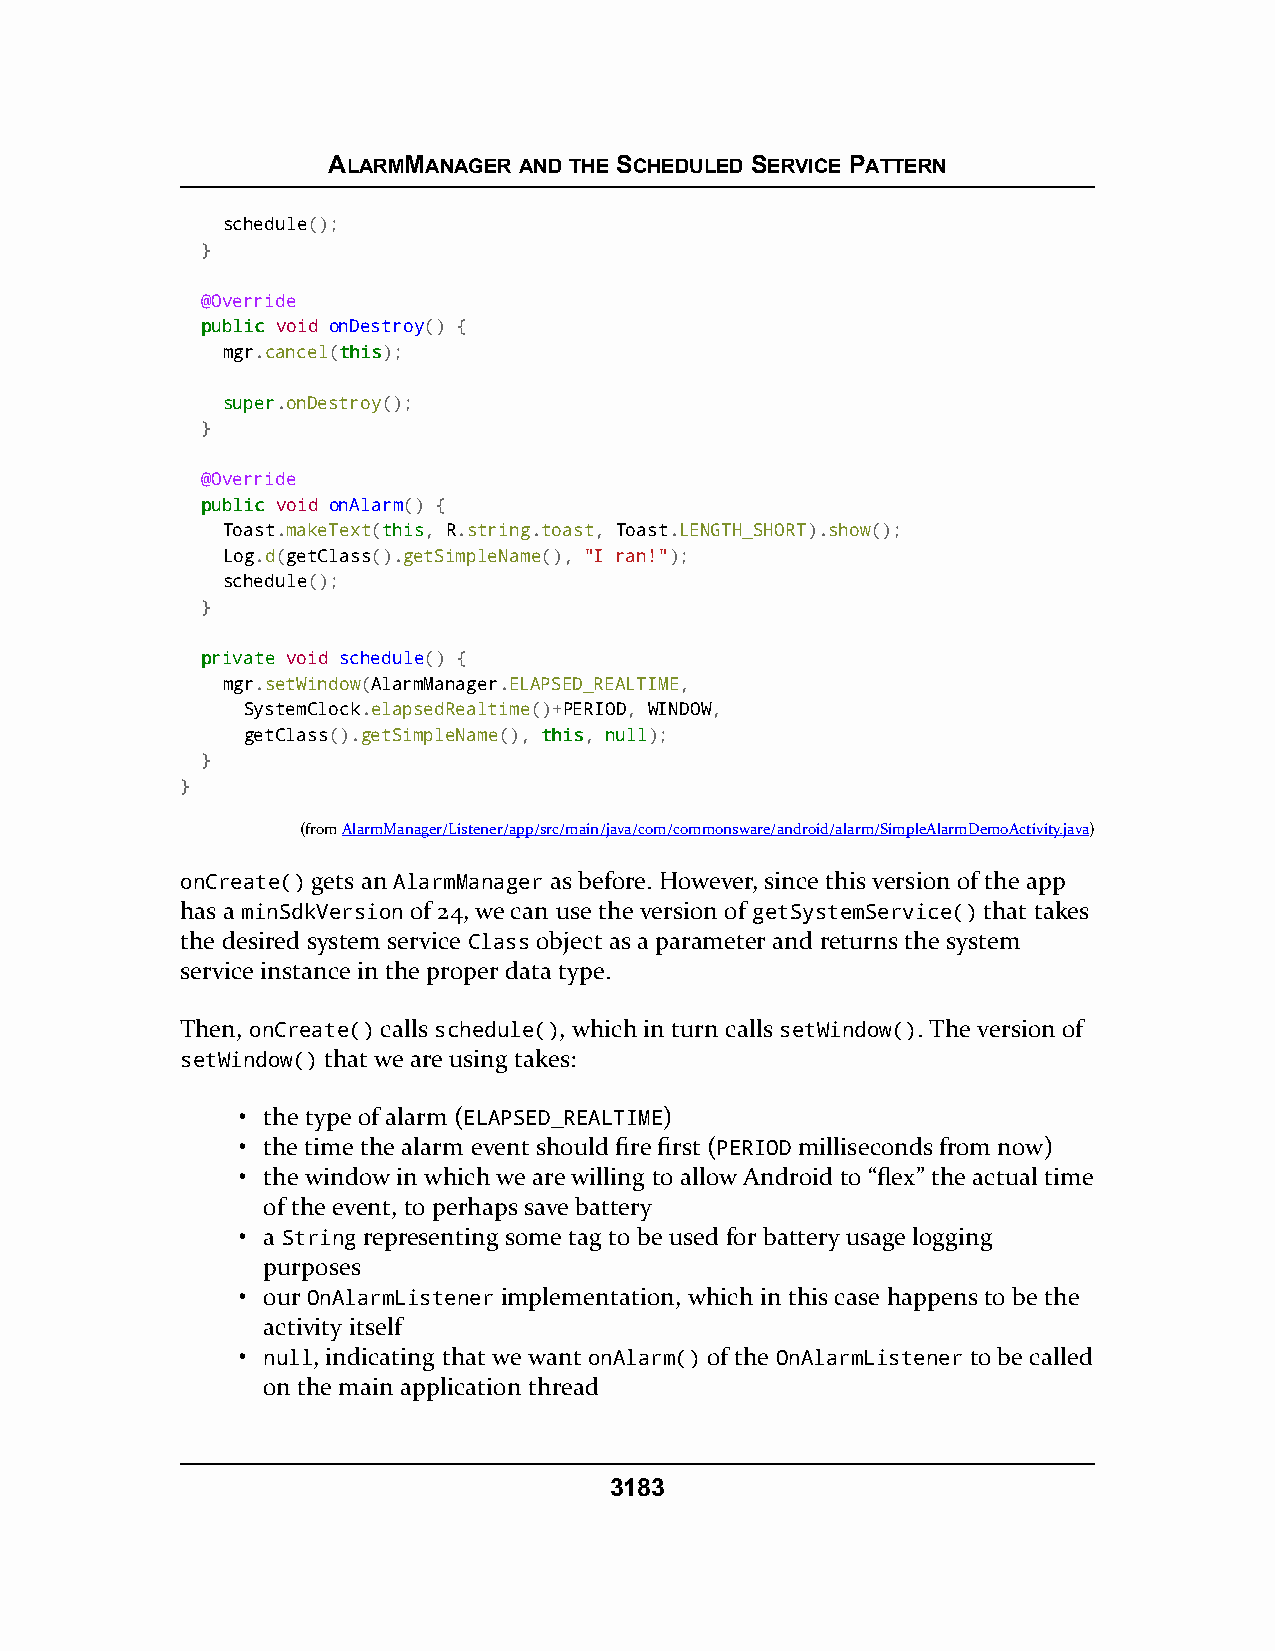
ALARMMANAGER AND THE SCHEDULED SERVICE PATTERN
 schedule();
 }
 @Override
 ppuubblliicc void onDestroy() {
 mgr.cancel(tthhiiss);
 ssuuppeerr.onDestroy();
 }
 @Override
 ppuubblliicc void onAlarm() {
 Toast.makeText(tthhiiss, R.string.toast, Toast.LENGTH_SHORT).show();
 Log.d(getClass().getSimpleName(), "I ran!");
 schedule();
 }
 pprriivvaattee void schedule() {
 mgr.setWindow(AlarmManager.ELAPSED_REALTIME,
 SystemClock.elapsedRealtime()+PERIOD, WINDOW,
 getClass().getSimpleName(), tthhiiss, nnuullll);
 }
 }
 (fromAlarmManager/Listener/app/src/main/java/com/commonsware/android/alarm/SimpleAlarmDemoActivity.java)
 onCreate() gets an AlarmManager as before. However, since this version of the app
 has a minSdkVersion of 24, we can use the version of getSystemService() that takes
 the desired system service Class object as a parameter and returns the system
 service instance in the proper data type.
 Then, onCreate() calls schedule(), which in turn calls setWindow(). The version of
 setWindow() that we are using takes:
 • the type of alarm (ELAPSED_REALTIME)
 • the time the alarm event should fire first (PERIOD milliseconds from now)
 • the window in which we are willing to allow Android to “flex” the actual time
 of the event, to perhaps save battery
 • a String representing some tag to be used for battery usage logging
 purposes
 • our OnAlarmListener implementation, which in this case happens to be the
 activity itself
 • null, indicating that we want onAlarm() of the OnAlarmListener to be called
 on the main application thread
 3183